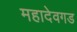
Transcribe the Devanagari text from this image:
महादेवगड